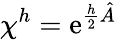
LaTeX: \chi^{h}=\mathrm{e}^{\frac{h}{2}\hat{A}}